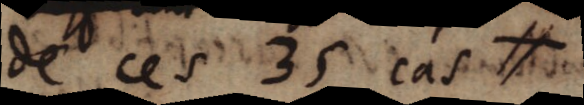
de ces 35 cas H